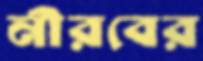
নীরবের